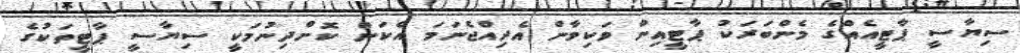
ސިޔާސީ ޕާޓީއެއްގެ މެންބަރަކު ޕާޓީއިން ވަކިވާން އެދިއްޖެނަމަ އެކަން ކޮށްދިނުމަކީ ސިޔާސީ ޕާޓީތަކުގެ